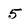
Character: 5